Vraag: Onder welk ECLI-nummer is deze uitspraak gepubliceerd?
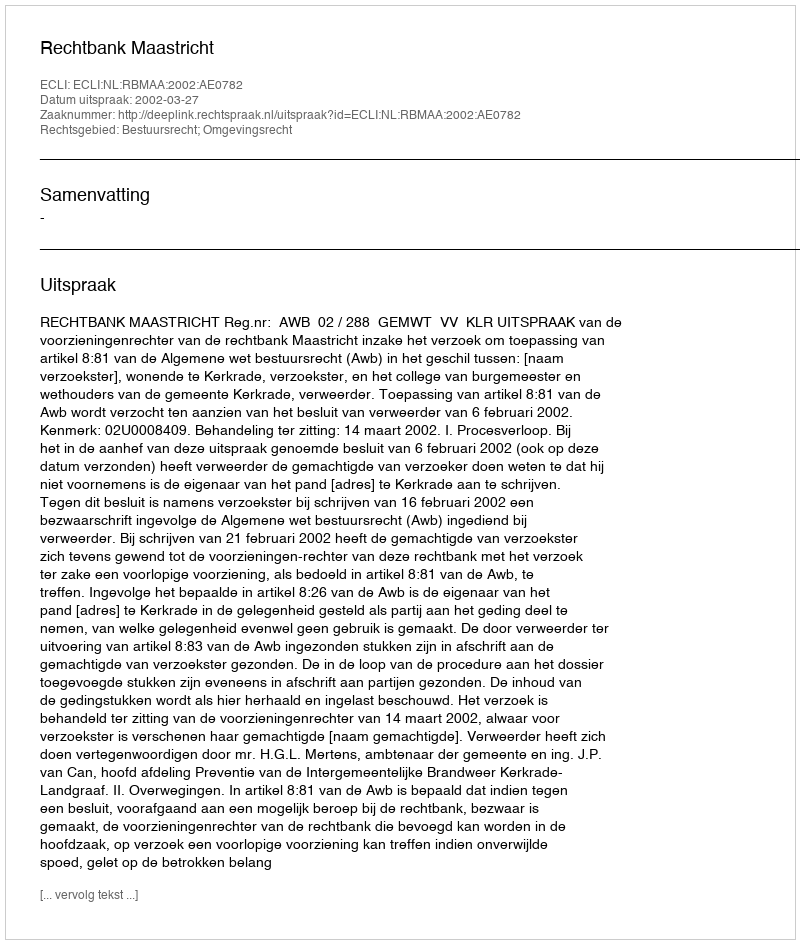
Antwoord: ECLI:NL:RBMAA:2002:AE0782